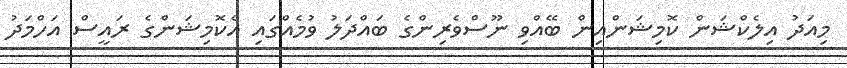
މިއަދު އިލެކްޝަން ކޮމިޝަންއިން ބޭއްވި ނޫސްވެރިންގެ ބައްދަލު ވުމެއްގައި އެކޮމިޝަންގެ ރައީސް އަހްމަދު